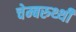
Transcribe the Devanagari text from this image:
चेम्बरुथ्थी